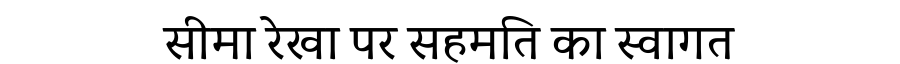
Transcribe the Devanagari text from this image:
सीमा रेखा पर सहमति का स्वागत